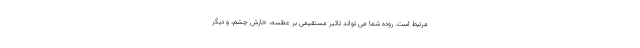
مرتبط است. روده شما می تواند تاثیر مستقیمی بر عطسه، خارش چشم، و دیگر